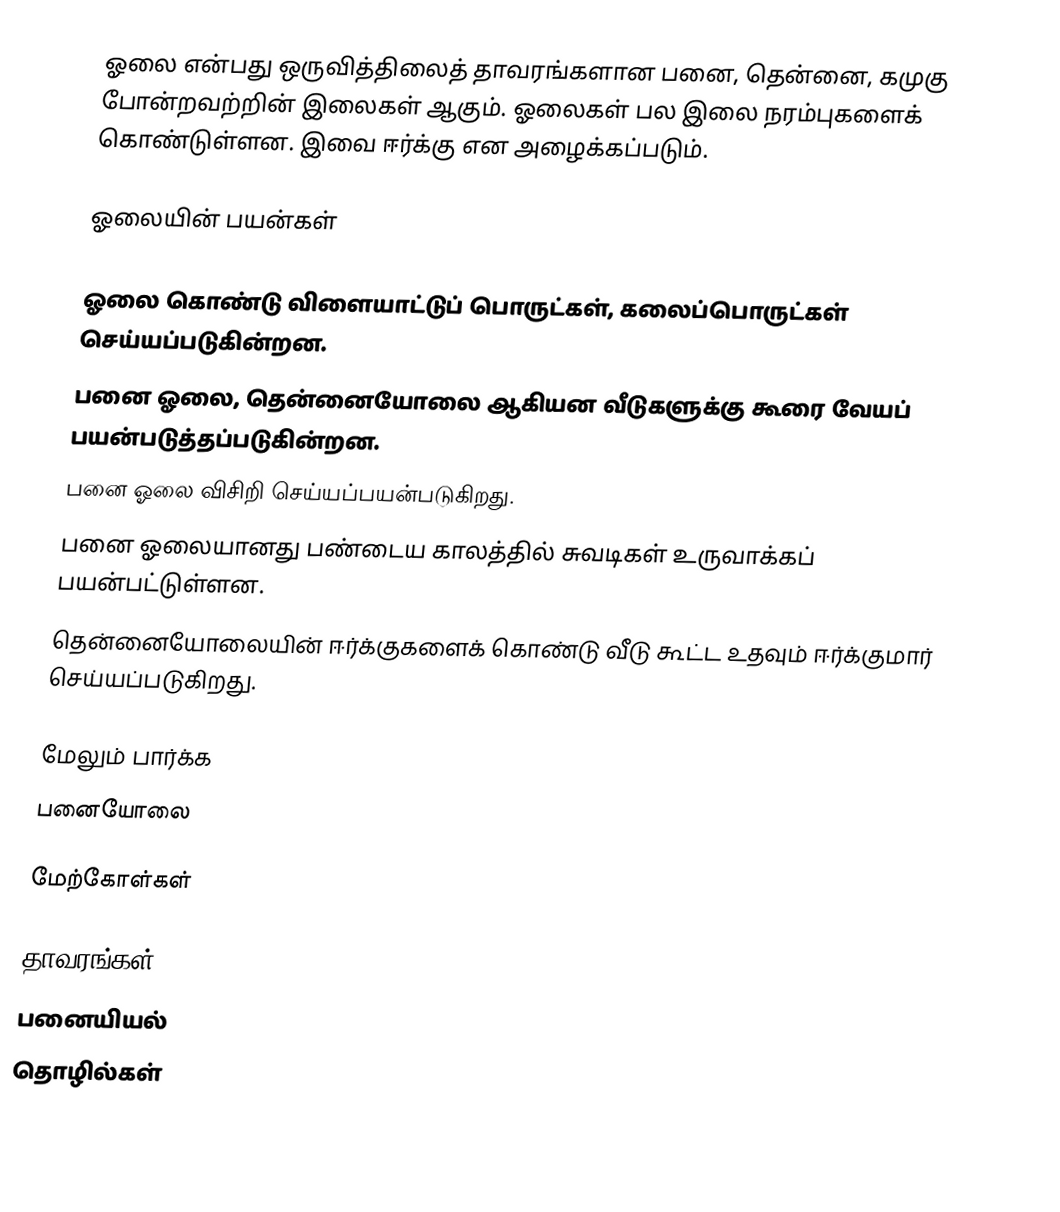
ஓலை என்பது ஒருவித்திலைத் தாவரங்களான பனை, தென்னை, கமுகு போன்றவற்றின் இலைகள் ஆகும். ஓலைகள் பல இலை நரம்புகளைக் கொண்டுள்ளன. இவை ஈர்க்கு என அழைக்கப்படும்.

ஓலையின் பயன்கள்

 ஓலை கொண்டு விளையாட்டுப் பொருட்கள், கலைப்பொருட்கள் செய்யப்படுகின்றன.
 பனை ஓலை, தென்னையோலை ஆகியன வீடுகளுக்கு கூரை வேயப் பயன்படுத்தப்படுகின்றன.
 பனை ஓலை விசிறி செய்யப்பயன்படுகிறது.
 பனை ஓலையானது பண்டைய காலத்தில் சுவடிகள் உருவாக்கப் பயன்பட்டுள்ளன.
 தென்னையோலையின் ஈர்க்குகளைக் கொண்டு வீடு கூட்ட உதவும் ஈர்க்குமார் செய்யப்படுகிறது.

மேலும் பார்க்க
 பனையோலை

மேற்கோள்கள்

தாவரங்கள்
பனையியல்
தொழில்கள்